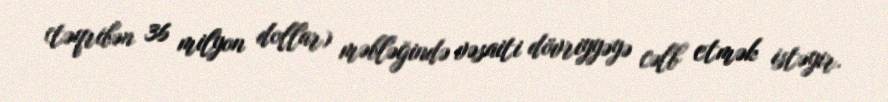
(təqribən 36 milyon dollar) məbləğində vəsaiti dövriyyəyə cəlb etmək istəyir.